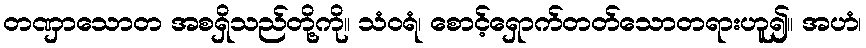
တဏှာသောတ အစရှိသည်တို့ကို။ သံဝရံ၊ စောင့်ရှောက်တတ်သောတရားဟူ၍။ အဟံ၊